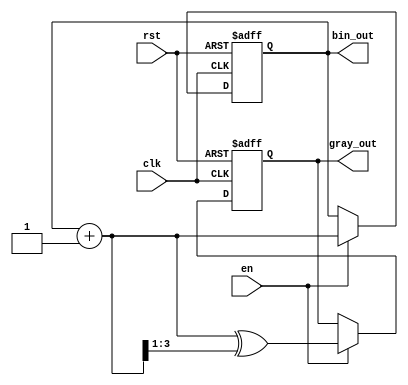
module gray #(
    parameter MOD = 16
)(
    input clk,
    input rst,
    input en,                             // enable
    output [GRAY_BITS-1:0] bin_out,       // binary counter out
    output [GRAY_BITS-1:0] gray_out       // gray counter out
);

    localparam GRAY_BITS = $clog2(MOD);         // number of bits needed to reach MOD

    reg [GRAY_BITS-1:0] bin_reg, bin_next, gray_reg, gray_next;

    assign bin_out = bin_reg;
    assign gray_out = gray_reg;

    always @(posedge clk or posedge rst) begin
        if (rst) begin
            // reset counters
            gray_reg <= {GRAY_BITS{1'b0}};
            bin_reg <= {GRAY_BITS{1'b0}};
        end
        else begin
            // update state
            bin_reg <= bin_next;
            gray_reg <= gray_next;
        end
    end

    always @(*) begin
        // default next state
        bin_next = bin_reg;
        gray_next = gray_reg;

        if (en) begin
            bin_next = bin_reg + 1'b1;                  // increment binary counter
            gray_next = bin_next ^ (bin_next >> 1);     // increment gray counter
            if (bin_next == MOD) begin                  // if reached the top, reset
                bin_next = {GRAY_BITS{1'b0}};
                gray_next = {GRAY_BITS{1'b0}};
            end
        end
    end


endmodule